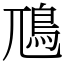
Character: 䲫